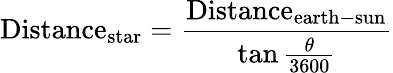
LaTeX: {\mathrm{Distance}}_{\mathrm{star}}={\frac{{\mathrm{Distance}}_{\mathrm{earth-sun}}}{\tan{\frac{\theta}{3600}}}}